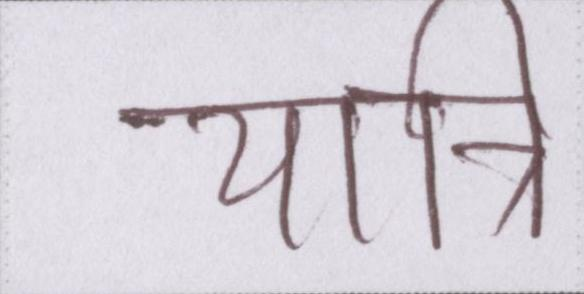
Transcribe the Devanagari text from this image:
यात्रि